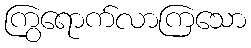
ကြွရောက်လာကြသော